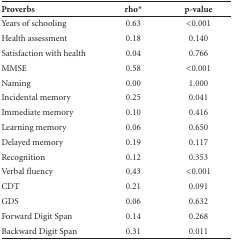
<table><thead><tr><td><b>Proverbs</b></td><td><b>rho*</b></td><td><b>p-value</b></td></tr></thead><tbody><tr><td>Years of schooling</td><td>0.63</td><td>&lt;0.001</td></tr><tr><td>Health assessment</td><td>0.18</td><td>0.140</td></tr><tr><td>Satisfaction with health</td><td>0.04</td><td>0.766</td></tr><tr><td>MMSE</td><td>0.58</td><td>&lt;0.001</td></tr><tr><td>Naming</td><td>0.00</td><td>1.000</td></tr><tr><td>Incidental memory</td><td>0.25</td><td>0.041</td></tr><tr><td>Immediate memory</td><td>0.10</td><td>0.416</td></tr><tr><td>Learning memory</td><td>0.06</td><td>0.650</td></tr><tr><td>Delayed memory</td><td>0.19</td><td>0.117</td></tr><tr><td>Recognition</td><td>0.12</td><td>0.353</td></tr><tr><td>Verbal fluency</td><td>0.43</td><td>&lt;0.001</td></tr><tr><td>CDT</td><td>0.21</td><td>0.091</td></tr><tr><td>GDS</td><td>0.06</td><td>0.632</td></tr><tr><td>Forward Digit Span</td><td>0.14</td><td>0.268</td></tr><tr><td>Backward Digit Span</td><td>0.31</td><td>0.011</td></tr></tbody></table>